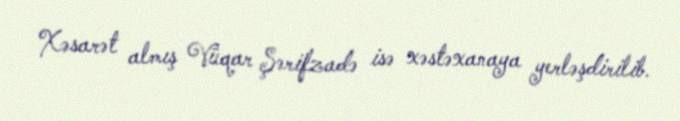
Xəsarət almış Vüqar Şərifzadə isə xəstəxanaya yerləşdirilib.